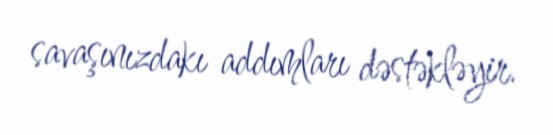
savaşınızdakı addımları dəstəkləyir.